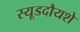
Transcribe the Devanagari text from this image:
स्यूडदौयशे